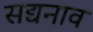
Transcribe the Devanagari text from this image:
सद्यनाव